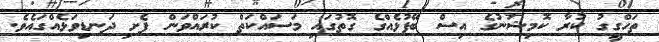
ތަހްގީގު ކުރާ ކޮމިޝަނުގެ އިސް ބޭފުޅެއްގެ ގޮތުގައި މަސައްކަތް ކުރައްވަން ފެށި ދަނޑިވަޅެއްގައެވެ.